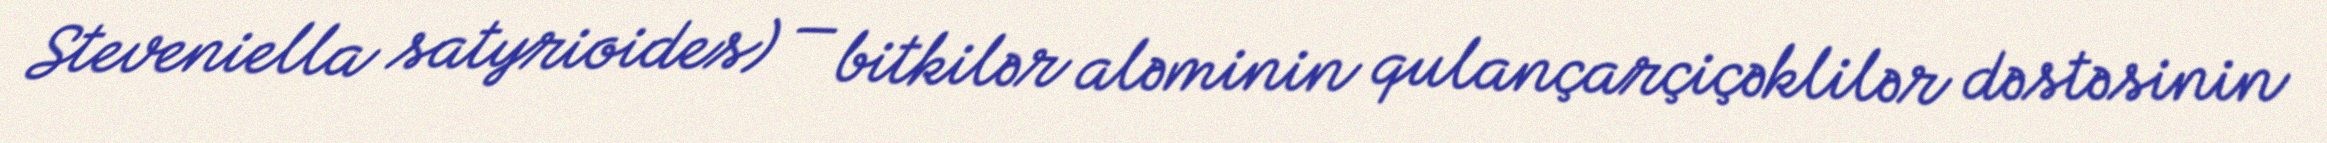
Steveniella satyrioides) — bitkilər aləminin qulançarçiçəklilər dəstəsinin